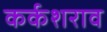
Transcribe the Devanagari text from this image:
कर्कशराव